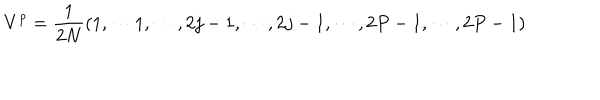
LaTeX: V ^ { p } = { \frac { 1 } { 2 N } } ( 1 , \cdots 1 , \cdots , 2 j - 1 , \cdots , 2 j - 1 , \cdots , 2 P - 1 , \cdots , 2 P - 1 )